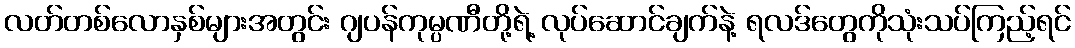
လတ်တစ်လောနှစ်များအတွင်း ဂျပန်ကုမ္ပဏီတို့ရဲ့ လုပ်ဆောင်ချက်နဲ့ ရလဒ်တွေကိုသုံးသပ်ကြည့်ရင်